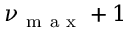
\nu _ { \mathrm { ~ m ~ a ~ x ~ } } + 1